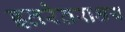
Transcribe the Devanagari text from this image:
इतरेतराश्रय